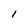
Character: l